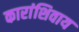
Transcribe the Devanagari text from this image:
कारांशिवाय